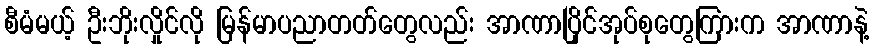
စီမံမယ့် ဦးဘိုးလှိုင်လို မြန်မာပညာတတ်တွေလည်း အာဏာပြိုင်အုပ်စုတွေကြားက အာဏာနဲ့